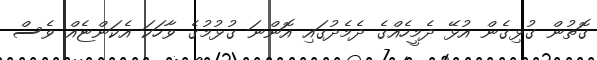
ގޮތުން ގުޅިގެން އުޅޭ ދެމީހެއްގެ ދެމެދުގައި އޮންނަ ގުޅުމުގެ ވާހަކަ އެކަންޏެއް ވެސް